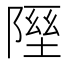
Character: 𨻋